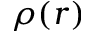
\rho ( \boldsymbol r )